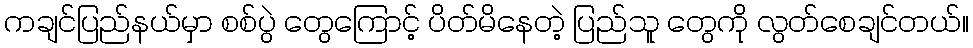
ကချင်ပြည်နယ်မှာ စစ်ပွဲ တွေကြောင့် ပိတ်မိနေတဲ့ ပြည်သူ တွေကို လွတ်စေချင်တယ်။